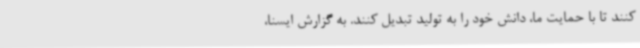
کنند تا با حمایت ما، دانش خود را به تولید تبدیل کنند. به گزارش ایسنا،